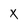
Character: x